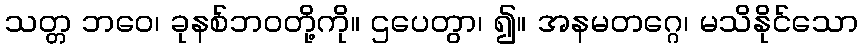
သတ္တ ဘဝေ၊ ခုနစ်ဘဝတို့ကို။ ဌပေတွာ၊ ၍။ အနမတဂ္ဂေ၊ မသိနိုင်သော